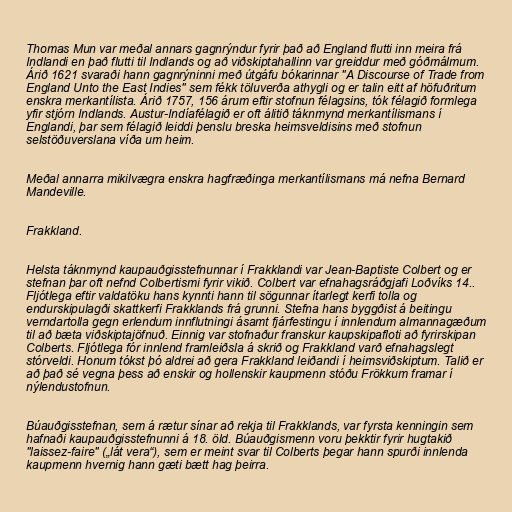
Thomas Mun var meðal annars gagnrýndur fyrir það að England flutti inn meira frá
Indlandi en það flutti til Indlands og að viðskiptahallinn var greiddur með góðmálmum.
Árið 1621 svaraði hann gagnrýninni með útgáfu bókarinnar "A Discourse of Trade from
England Unto the East Indies" sem fékk töluverða athygli og er talin eitt af höfuðritum
enskra merkantílista. Árið 1757, 156 árum eftir stofnun félagsins, tók félagið formlega
yfir stjórn Indlands. Austur-Indíafélagið er oft álitið táknmynd merkantílismans í
Englandi, þar sem félagið leiddi þenslu breska heimsveldisins með stofnun
selstöðuverslana víða um heim.

Meðal annarra mikilvægra enskra hagfræðinga merkantílismans má nefna Bernard
Mandeville.

Frakkland.

Helsta táknmynd kaupauðgisstefnunnar í Frakklandi var Jean-Baptiste Colbert og er
stefnan þar oft nefnd Colbertismi fyrir vikið. Colbert var efnahagsráðgjafi Loðvíks 14..
Fljótlega eftir valdatöku hans kynnti hann til sögunnar ítarlegt kerfi tolla og
endurskipulagði skattkerfi Frakklands frá grunni. Stefna hans byggðist á beitingu
verndartolla gegn erlendum innflutningi ásamt fjárfestingu í innlendum almannagæðum
til að bæta viðskiptajöfnuð. Einnig var stofnaður franskur kaupskipafloti að fyrirskipan
Colberts. Fljótlega fór innlend framleiðsla á skrið og Frakkland varð efnahagslegt
stórveldi. Honum tókst þó aldrei að gera Frakkland leiðandi í heimsviðskiptum. Talið er
að það sé vegna þess að enskir og hollenskir kaupmenn stóðu Frökkum framar í
nýlendustofnun.

Búauðgisstefnan, sem á rætur sínar að rekja til Frakklands, var fyrsta kenningin sem
hafnaði kaupauðgisstefnunni á 18. öld. Búauðgismenn voru þekktir fyrir hugtakið
"laissez-faire" („lát vera“), sem er meint svar til Colberts þegar hann spurði innlenda
kaupmenn hvernig hann gæti bætt hag þeirra.